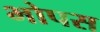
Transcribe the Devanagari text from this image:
भोपस